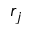
r _ { j }